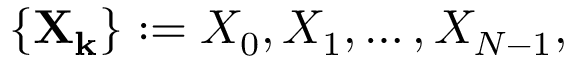
\left\{ \mathbf { X _ { k } } \right\} : = X _ { 0 } , X _ { 1 } , \ldots , X _ { N - 1 } ,